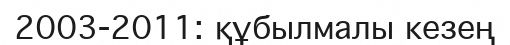
2003-2011: құбылмалы кезең